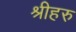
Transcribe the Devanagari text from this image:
श्रीहरु